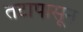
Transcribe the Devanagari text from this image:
तटापासून